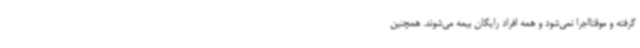
گرفته و موقتاًاجرا نمی‌شود و همه افراد رایگان بیمه می‌شوند. همچنین